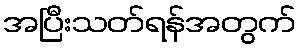
အပြီးသတ်ရန်အတွက်